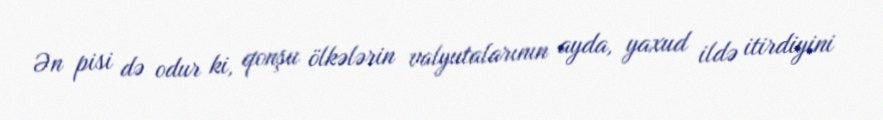
Ən pisi də odur ki, qonşu ölkələrin valyutalarının ayda, yaxud ildə itirdiyini